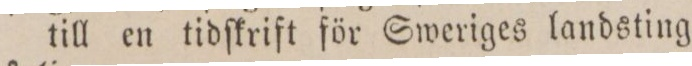
till en tidſkrift för Sweriges landsting